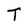
Character: T